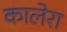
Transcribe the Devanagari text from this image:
कालेरा